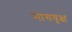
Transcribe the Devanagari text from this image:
नागवृक्ष